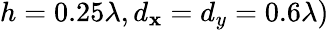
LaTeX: h=0.25\lambda,d_{\mathbf{x}}=d_{y}=0.6\lambda)